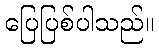
ပြေပြစ်ပါသည်။